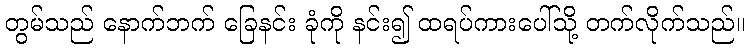
တွမ်သည် နောက်ဘက် ခြေနင်း ခုံကို နင်း၍ ထရပ်ကားပေါ်သို့ တက်လိုက်သည်။